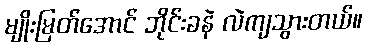
မျိုးမြတ်အောင် ဘိုင်းခနဲ လဲကျသွားတယ်။